Vaccination in Bombay 1869-1873 - 1869-1873
Year: 1869
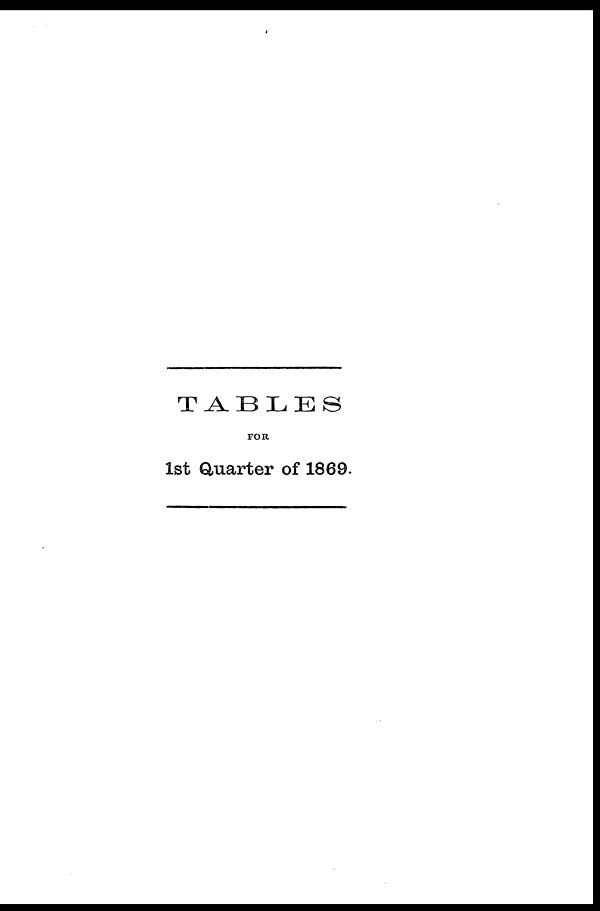
TABLES
FOR
1st Quarter of 1869.